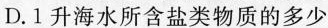
D.1升海水所含盐类物质的多少